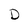
Character: D